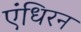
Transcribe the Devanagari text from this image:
एंधिरन